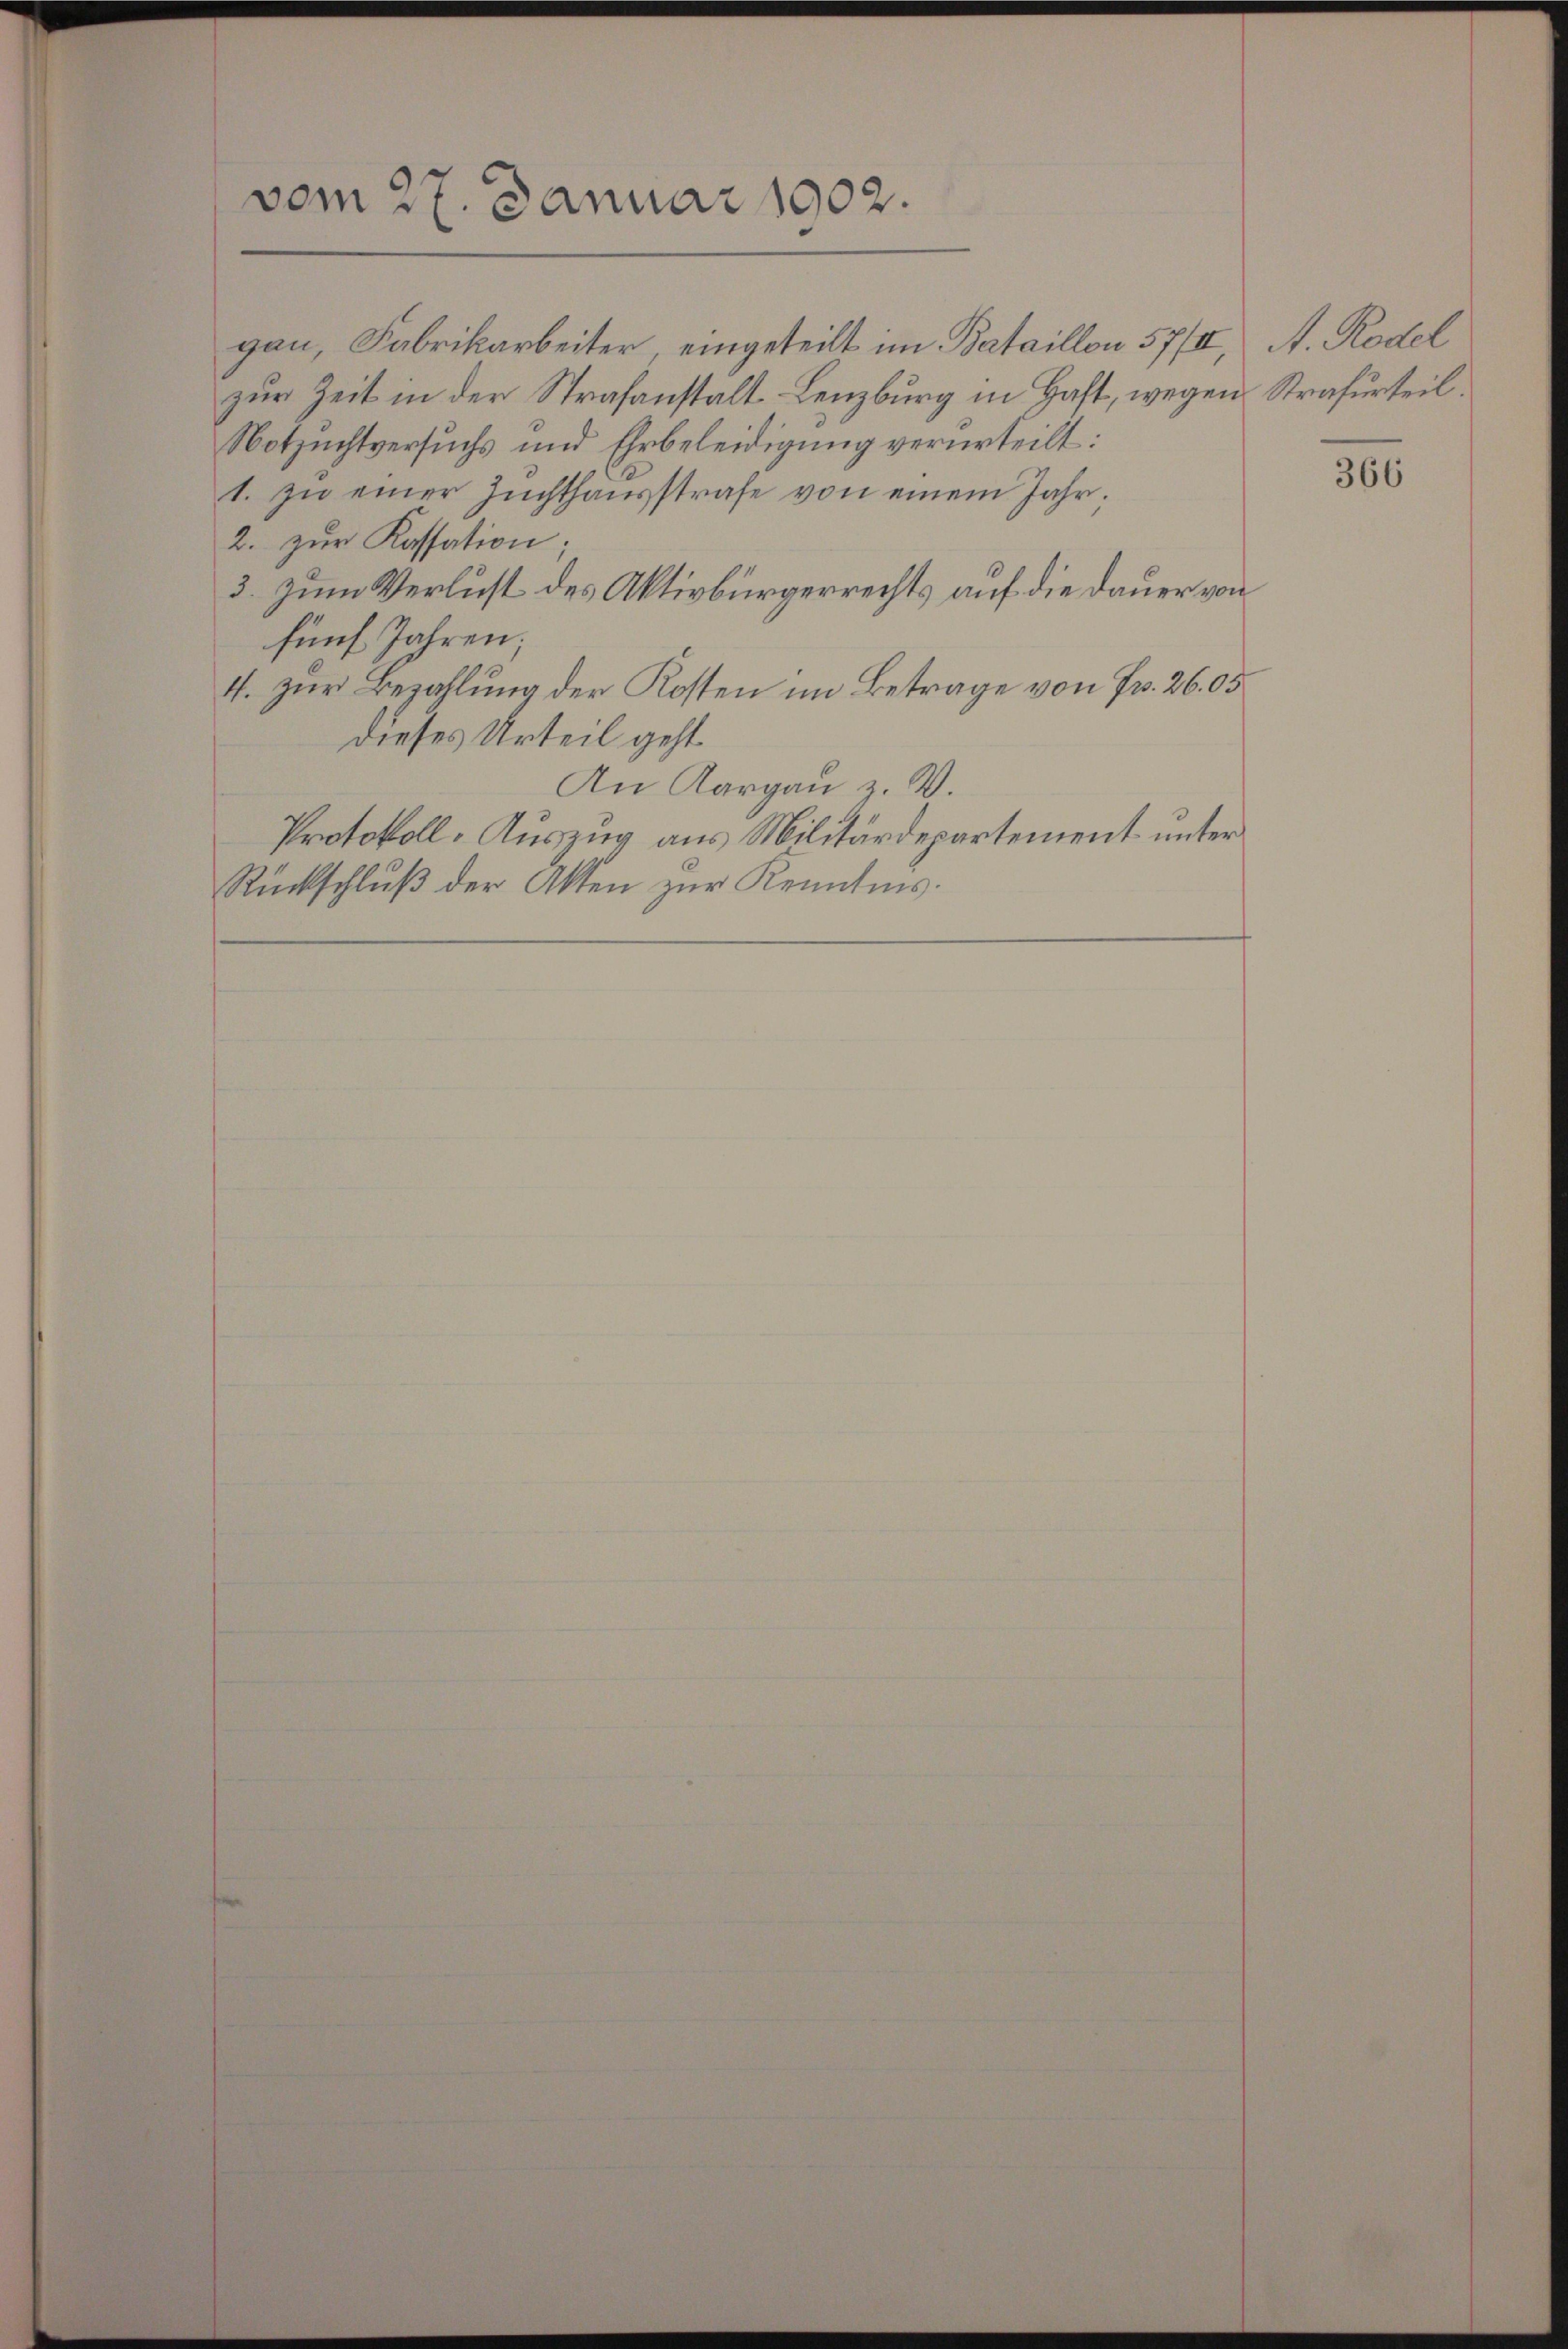
vom 27. Januar 1902.

gau, Fabrikarbeiter, eingeteilt im Bataillon 57/I, A. Rodel
zur Zeit in der Strafanstalt Lenzburg in Haft, wegen Strafurteil
Notzuchtversuchs und Ehrbeleidigung verurteilt:
1. zu einer Zuchthausstrafe von einem Jahr,
2. zŭr Kassation;
3. zum Verlust des Aktivbürgerrechts auf die Dauer von
fünf Jahren;
4. zur Bezahlung der Kosten im Betrage von Fr. 26. 05
dieses Urteil geht.
An Kargau z. B.
Protokoll-Auszug aus Militärdepartement unter
Rückschlŭβ der Akten zur Kenntnis.

366